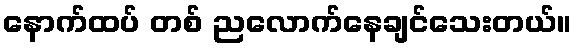
နောက်ထပ် တစ် ညလောက်နေချင်သေးတယ်။